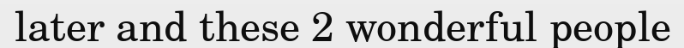
later and these 2 wonderful people